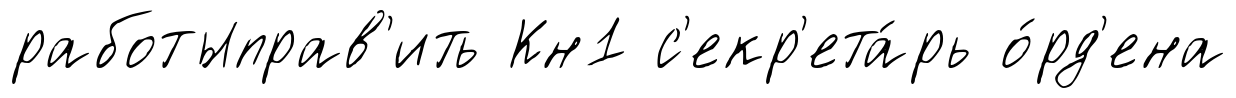
работыправ'ить Кн1 с'екр'ета́рь о́рд'ена